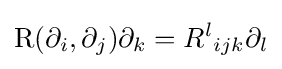
\operatorname {R} (\partial _{i},\partial _{j})\partial _{k}={R^{l}}_{ijk}\partial _{l}